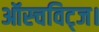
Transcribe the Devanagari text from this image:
ऑस्चविट्ज।